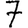
Digit: 7